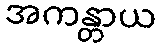
အကန္တာယ